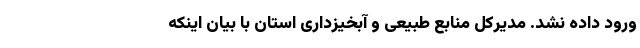
ورود داده نشد. مدیرکل منابع طبیعی و آبخیزداری استان با بیان اینکه